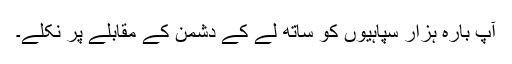
آپ بارہ ہزار سپاہیوں کو ساتھ لے کے دشمن کے مقابلے پر نکلے۔